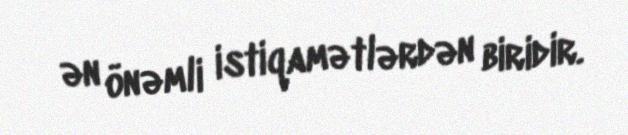
ən önəmli istiqamətlərdən biridir.